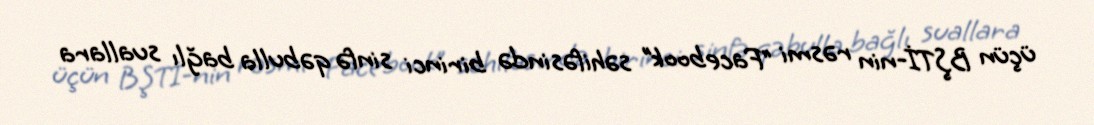
üçün BŞTİ-nin rəsmi “Facebook” səhifəsində birinci sinfə qəbulla bağlı suallara